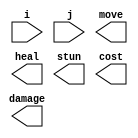
module special(
    input [2:0]i, 
	 input [2:0]j, 
	 output [5:0]damage, 
	 output [2:0]move,
	 output [5:0]heal, 
	 output stun, 
	 output [2:0]cost);
	 
	 always @(*) begin
	  // grab memory
	 end
	 
endmodule